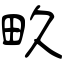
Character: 畂